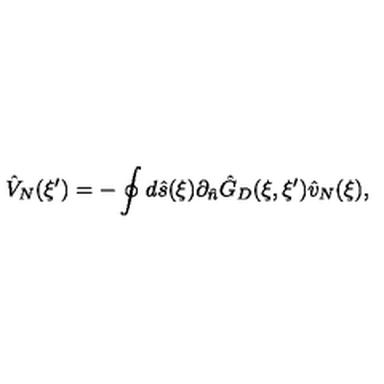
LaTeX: { \hat { V } _ { N } } ( \xi ^ { \prime } ) = - \oint { d } \hat { s } ( \xi ) { \partial _ { \hat { n } } } { \hat { G } _ { D } } ( \xi , \xi ^ { \prime } ) { \hat { v } _ { N } } ( \xi ) ,